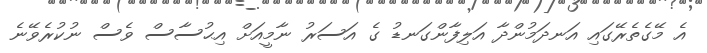
އެ މޭގެތެރޭގައި އަނދަމުންދާ އަލިފާންގަނޑު ގެ އަސަރު ނާމީއަށް އިޙުސާސް ވެސް ނުކުރެވޭނެ